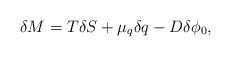
\begin{align*}\delta M=T\delta S+\mu_{q}\delta q - D\delta\phi_{0},\end{align*}